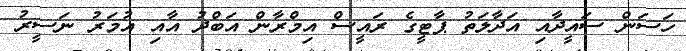
ހަސަން ސައީދާއި އަދާލަތު ޕާޓީގެ ރައީސް އިމްރާން އަބްދު އާއި އުމަރު ނަސީރު